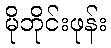
မိုဘိုင်းဖုန်း